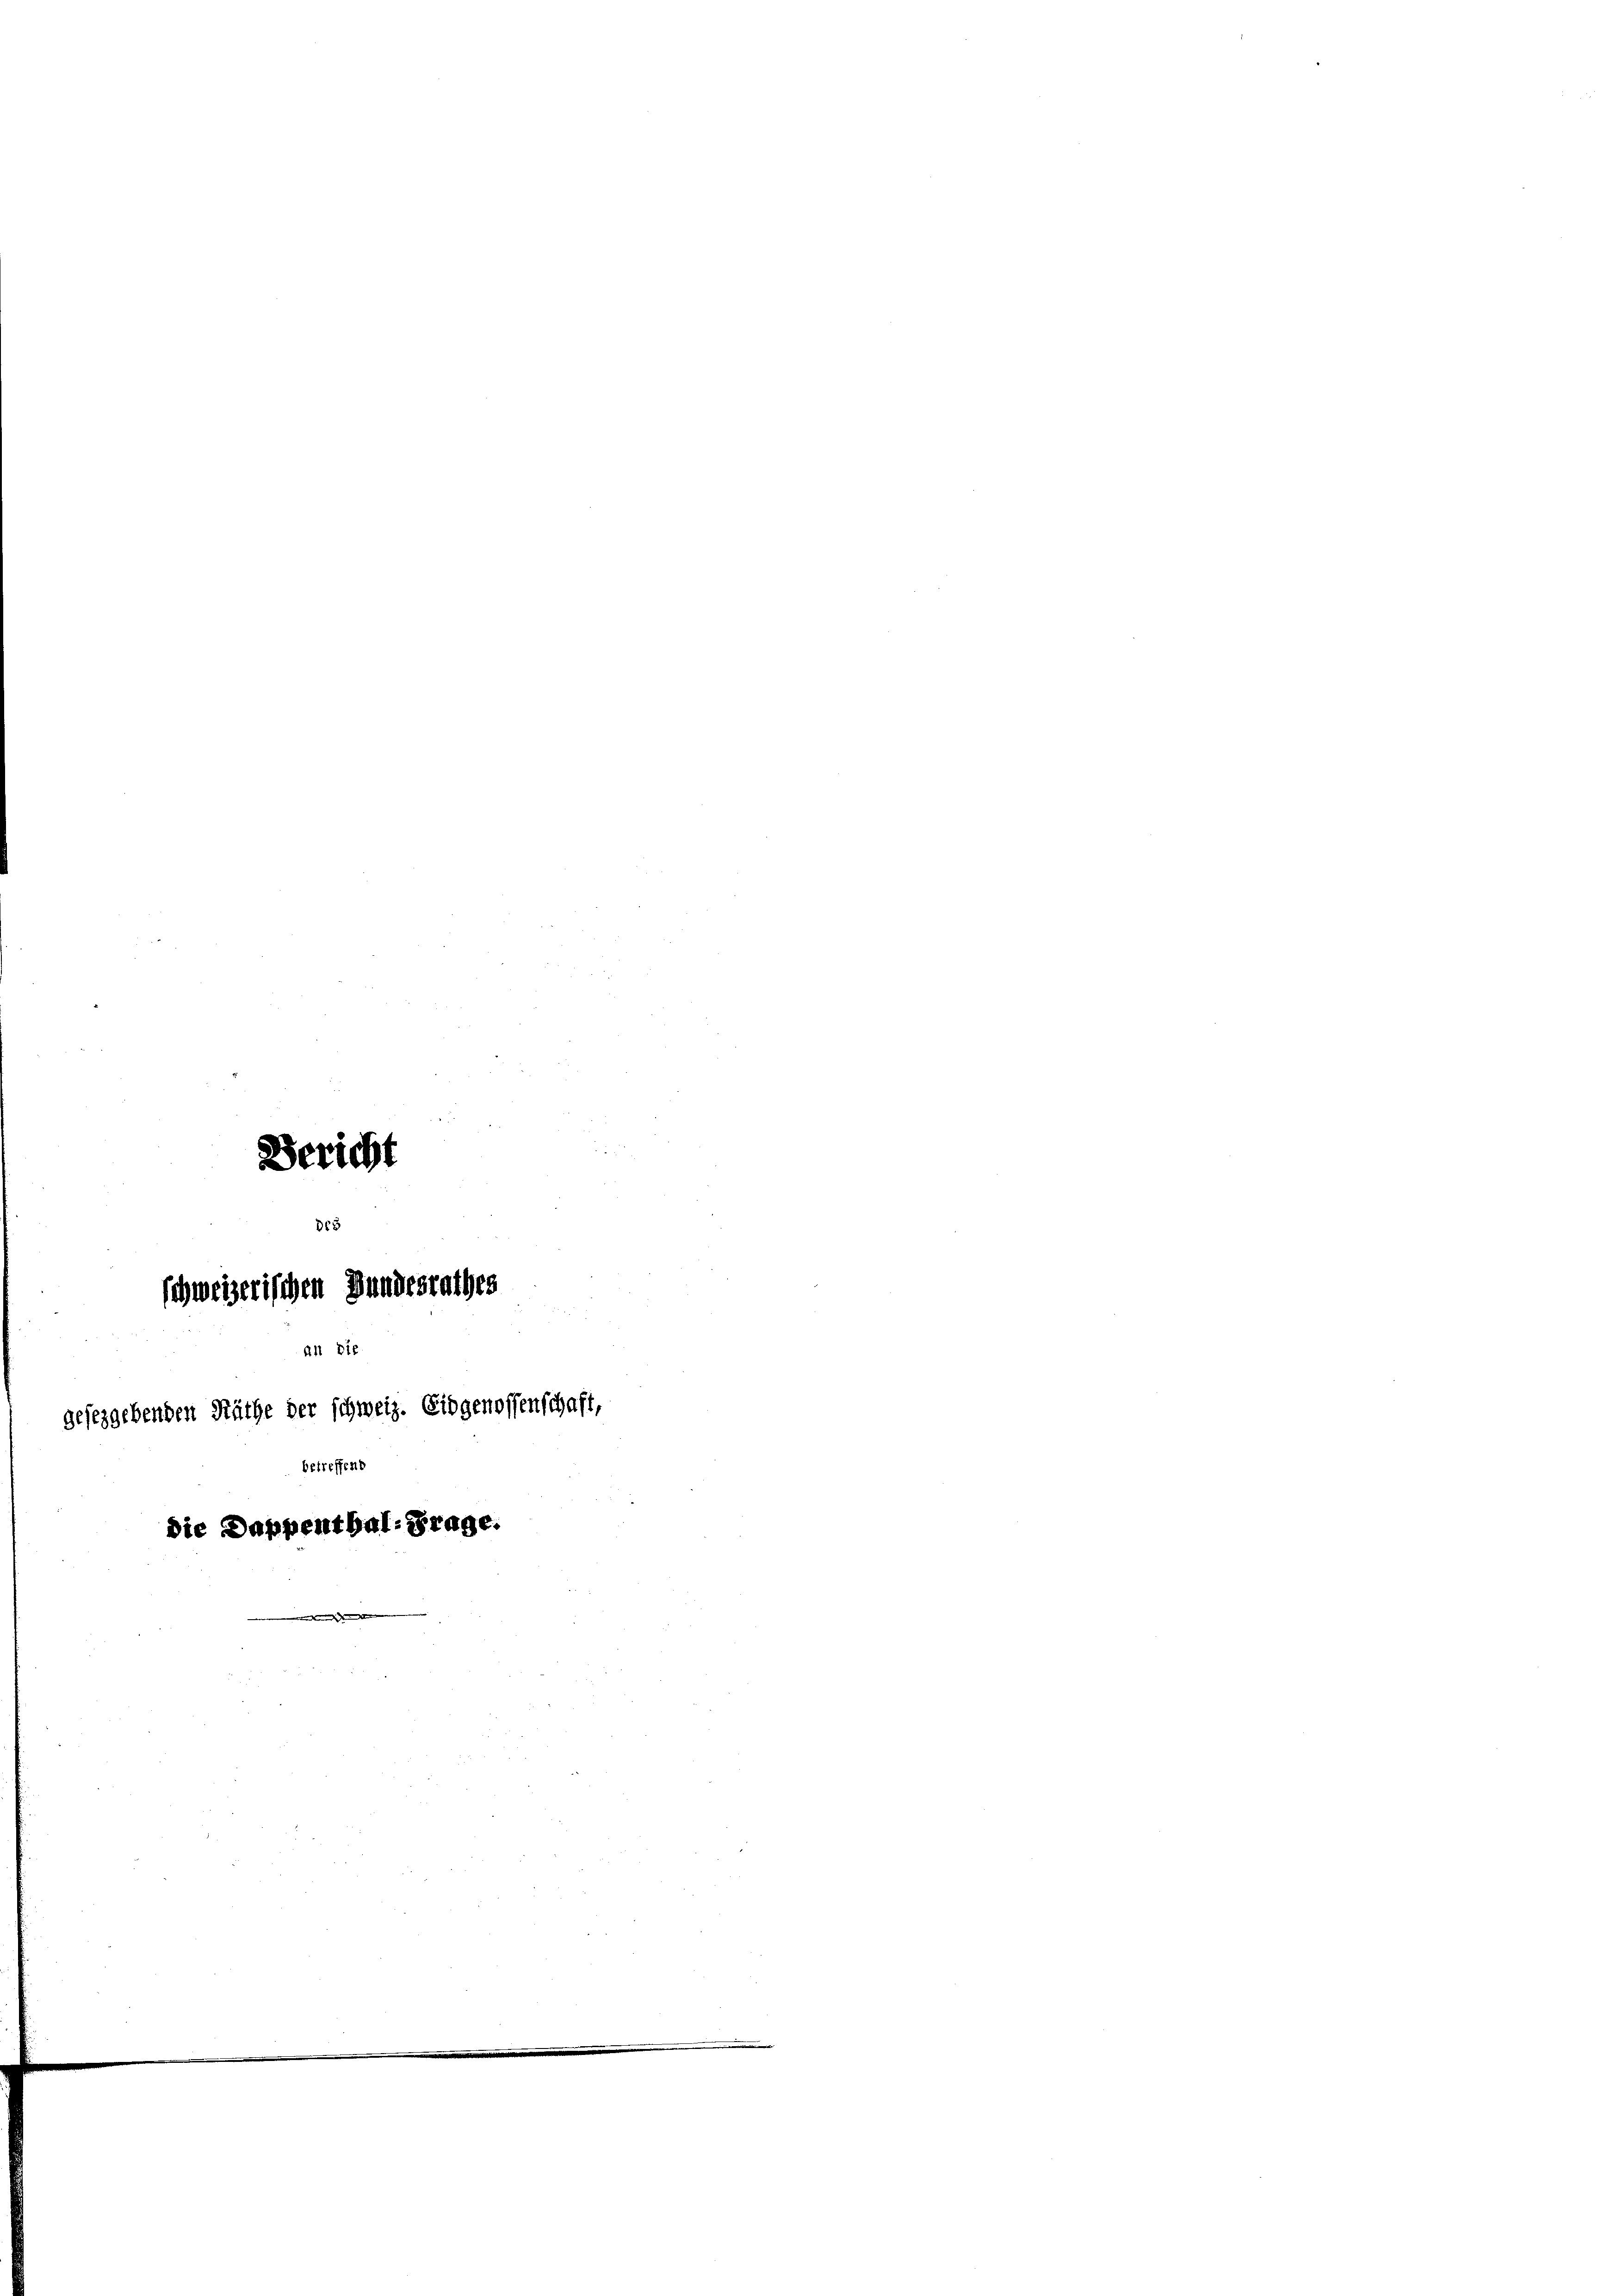
Bericht

de8
schweizerischen Hundesrathes
11. Die
geseggebenden Räthe der schweiz. Eidgenossenschaft,
betreffend
die Dappenthal. Frage.

e